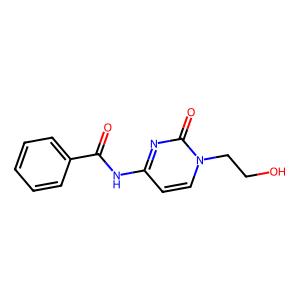
SMILES: O=C(Nc1ccn(CCO)c(=O)n1)c1ccccc1
Inhibits HIV replication: No